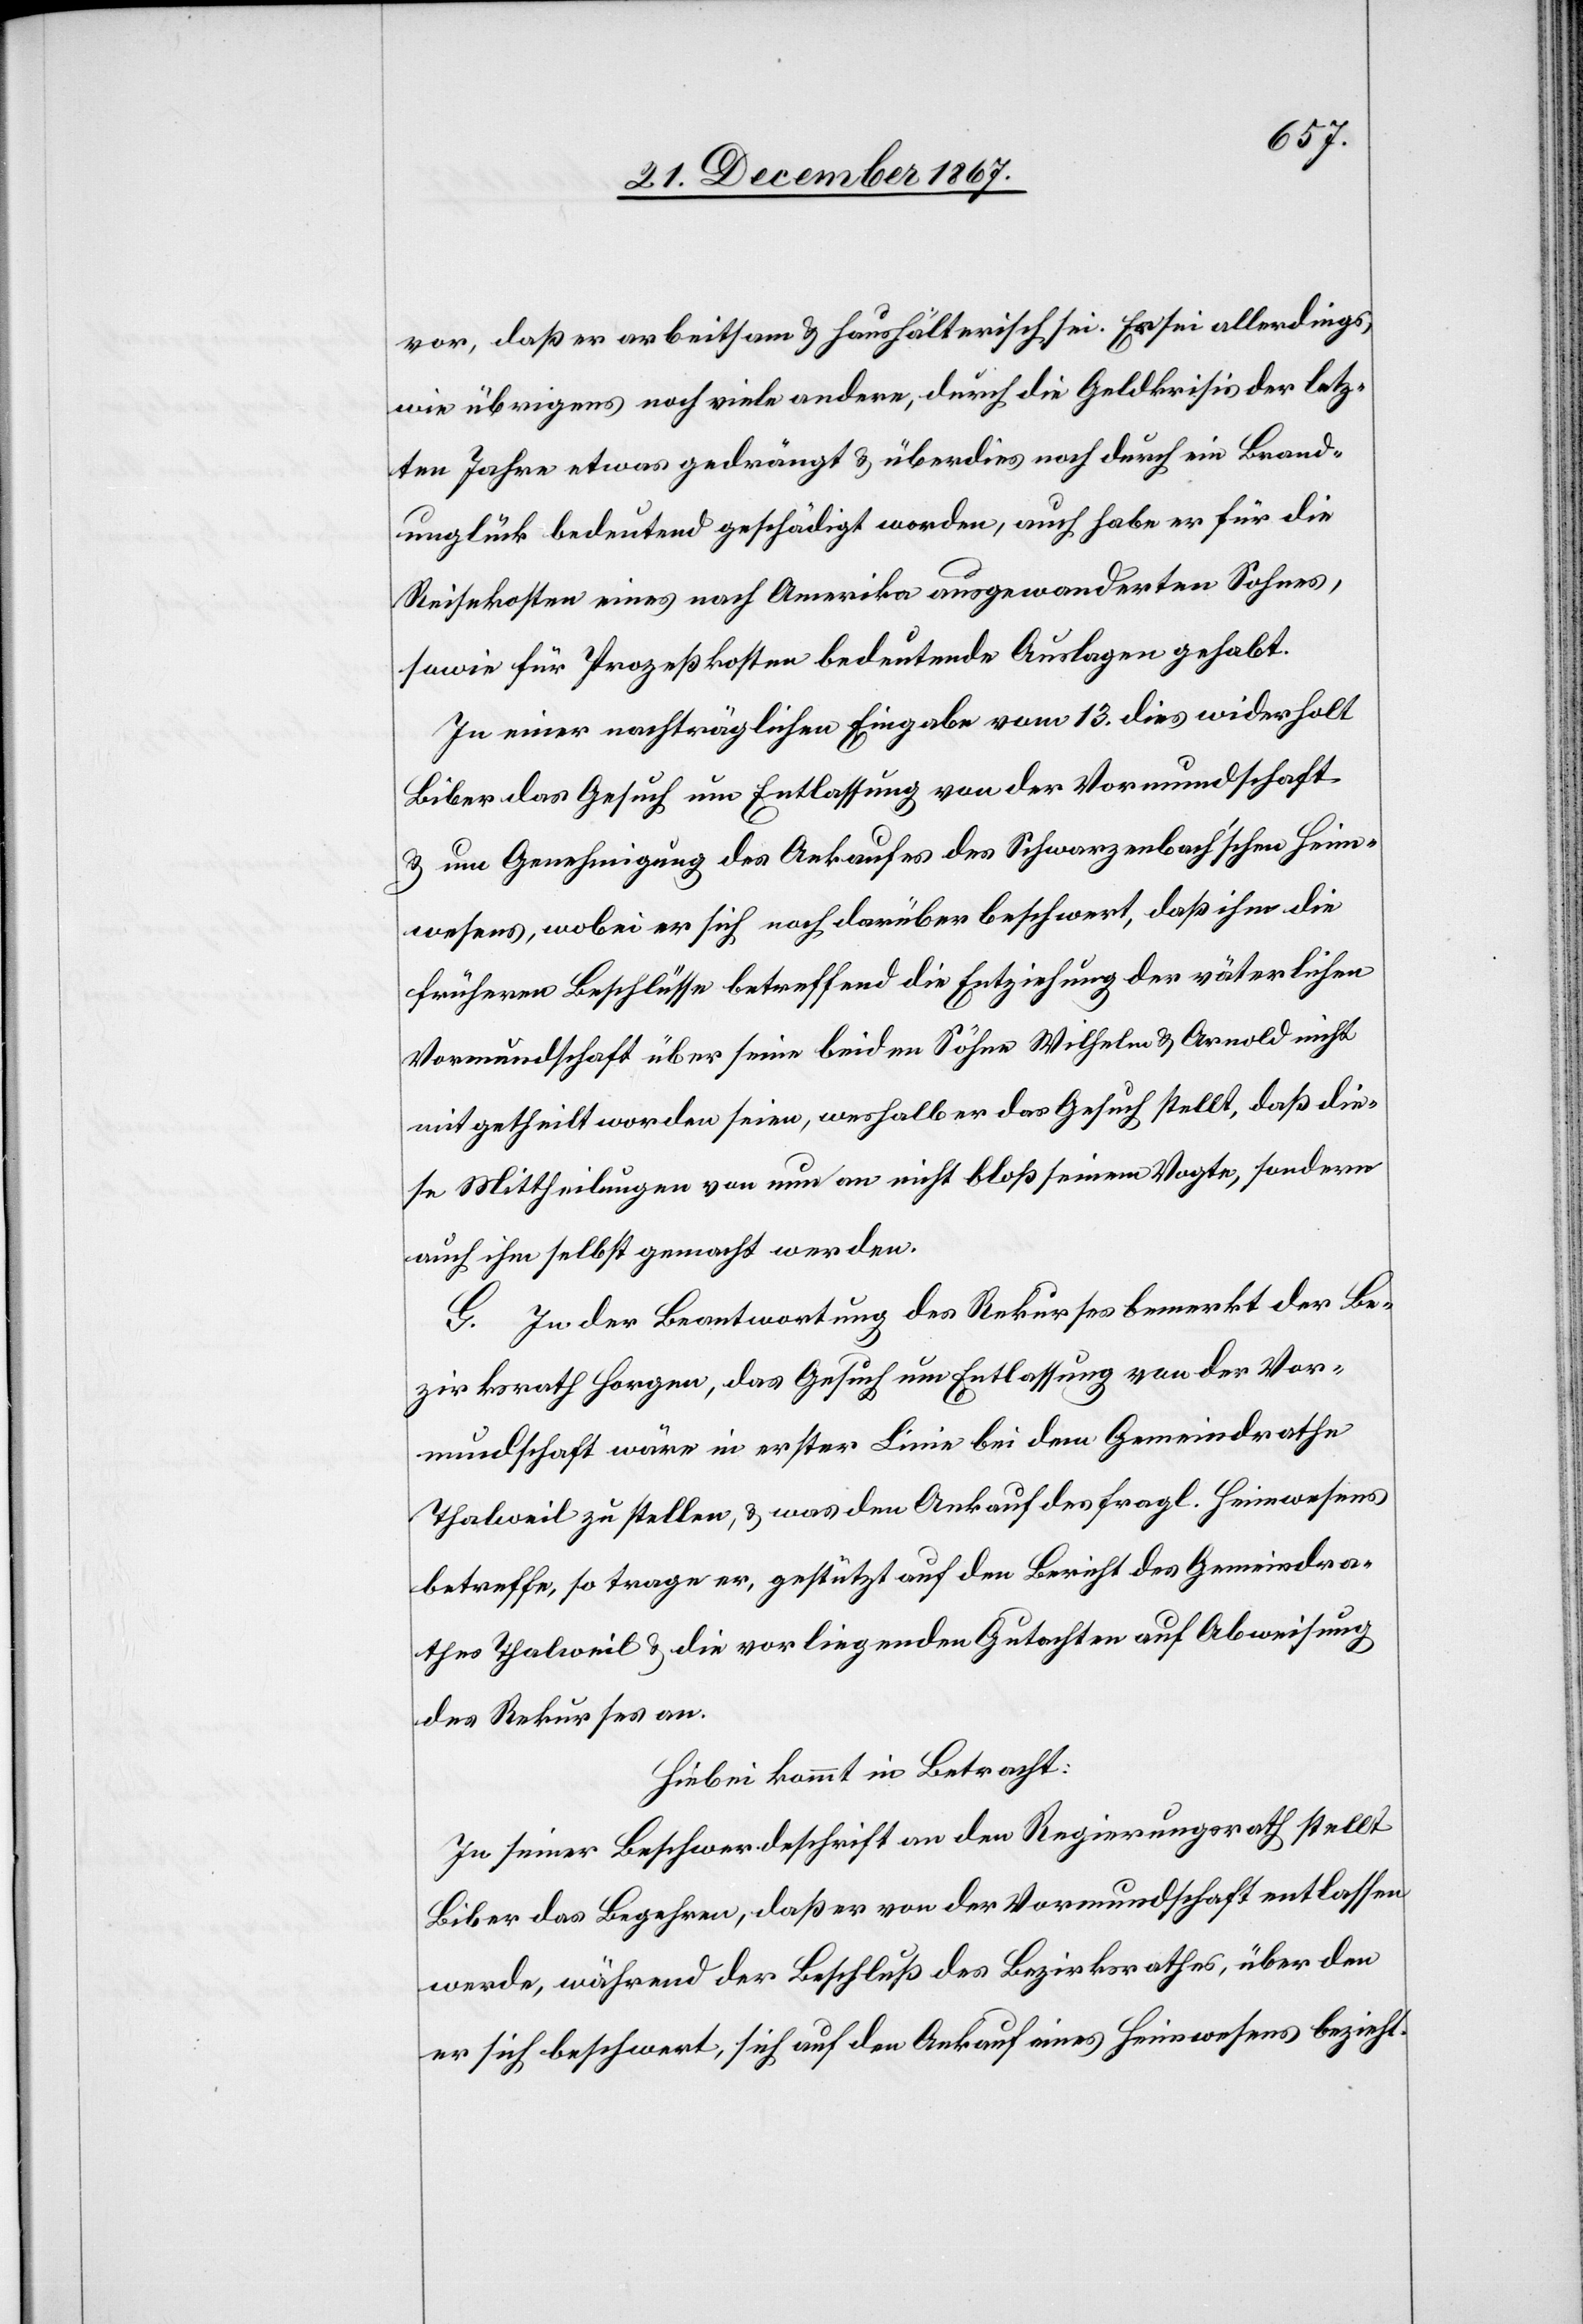
vor, daß er arbeitsam u. haushälterisch sei. Er sei allerdings,
wie übrigens noch viele andere, durch die Geldkrisis der letz¬
ten Jahre etwas gedrängt u. überdies noch durch ein Brand¬
unglück bedeutend geschädigt worden, auch habe er für die
Reisekosten eines nach Amerika ausgewanderten Sohnes,
sowie für Prozeßkosten bedeutende Auslagen gehabt.
In einer nachträglichen Eingabe vom 13. dies widerholt
Biber das Gesuch um Entlassung von der Vormundschaft
u. um Genehmigung des Ankaufes des Schwarzenbach’schen Heim¬
wesens, wobei er sich noch darüber beschwert, daß ihm die
früheren Beschlüsse betreffend die Entziehung der väterlichen
Vormundschaft über seine beiden Söhne Wilhelm u. Arnold nicht
mitgehteilt worden seien, weshalb er das Gesuch stellt, daß die¬
se Mittheilungen von nun an nicht bloß seinem Vogte, sondern
auch ihm selbst gemacht werden.
In der Beantwortung des Rekurses bemerkt der Be¬
zirksrath Horgen, das Gesuch um Entlassung von der Vor¬
mundschaft wäre in erster Linie bei dem Gemeindrathe
Thalweil zu stellen, u. was den Ankauf des fragl. Heimwesens
betreffe, so trage er, gestützt auf den Bericht des Gemeindra¬
thes Thalweil u. die vorliegenden Gutachten auf Abweisung
des Rekurses an.
Hiebei kommt in Betracht:
In seiner Beschwerdeschrift an den Regierungsrath stellt
Biber das Begehren, daß er von der Vormundschaft entlassen
werde, während der Beschluß des Bezirksrathes, über den
er sich beschwert, sich auf den Ankauf eines Heimwesens bezieht.